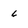
Character: 6